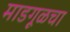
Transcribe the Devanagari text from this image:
माडगूळचा